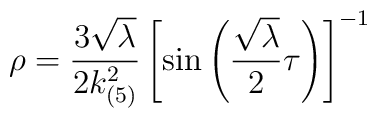
\rho=\frac{3\sqrt{\lambda}}{2k_{(5)}^2}\left[\sin\left(\frac{\sqrt{\lambda}}{2}\tau\right)\right]^{-1}